Vaike-Kullamaa_(Vaikna)_vallavalitsus, lk 24
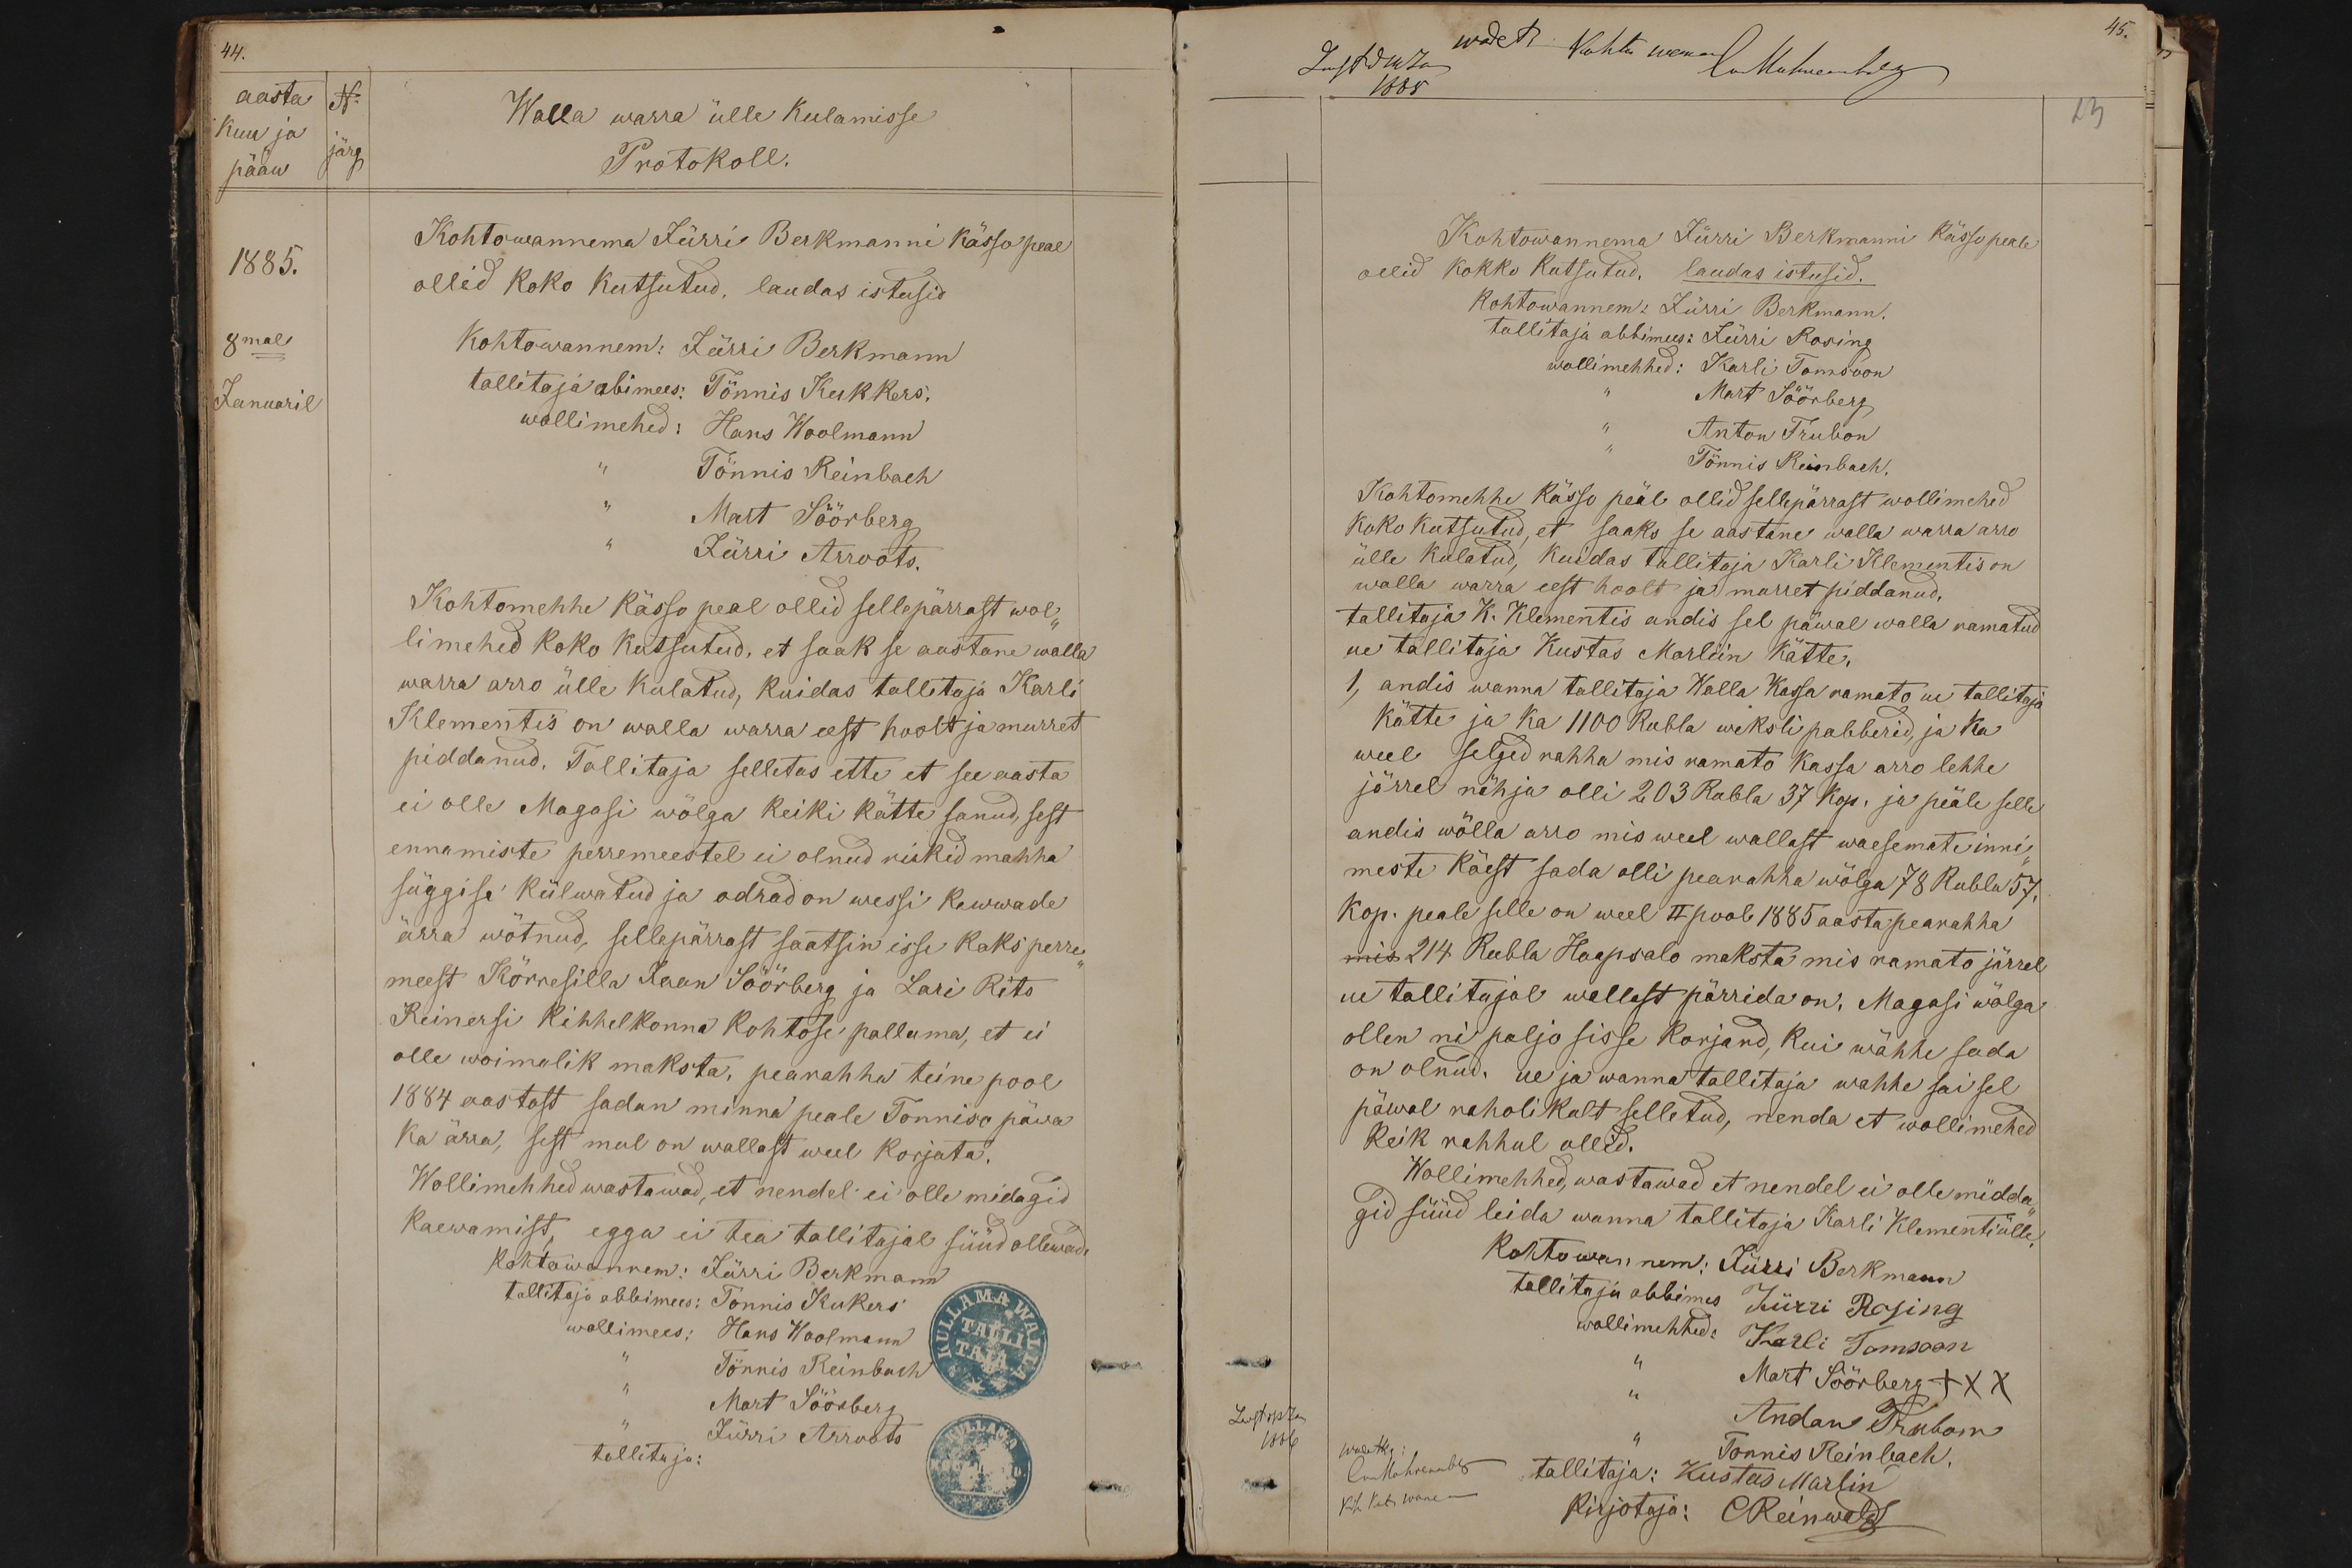
aasta No
Kuu ja
Walla warra ülle kulamisse
pääw järg
Protokoll.
1885.
Kohtowannema Jürri Berkmanni kässo peal
ollid koko kutsutud, laudas istusid
8mal
Kohtowannem: Jürri Berkmann
Januaril
tallitaja abimees: Tönnis Kukkers.
wollimehed: Hans Woolmann
Tönnis Reinbach
Mart Söörberg
Jürri Arroots.
Kohtomehhe kässo peal ollid sellepärrast wol-
limehed koko kutsutud, et saak se aastane walla
warra arro ülle kulatud, kuidas tallitaja Karli
Klementis on walla warra eest hoolt ja murret
piddanud. Tallitaja selletas ette et see aasta
ei olle Magasi wölga keiki kätte sanud, sest
ennamiste perremeestel ei olnud rukid mahha
süggise külwatud ja odrad on wessi kewwade
ärra wõtnud, sellepärrast saatsin isse kaks perre-
meest Kõrresilla Jaan Söörberg ja Lari Rits
Reinersi kihhelkonna kohtose palluma, et ei
olle wõimalik maksta, pearahha teine pool
1884 aastast sadan minna peale Tõnniso päwa
ka ärra, sest mul on wallast weel korjata.
Wollimehhed wastawad, et nendel ei olle midagid
Kaewamist, egga ei tea tallitajal süüd ollewad
Kohtawannem: Jürri Berkmann
tallitaja abbimees: Tõnnis Kukers
wollimees: Hans Woolmann
Tönnis Reinbach
Mart Söörberg
Jürri Arroots
tallitaja:

Lugadusta wadet: Kohtu wanem luthuembril
1885
23
Kohtowannema Jürri Berkmanni Kässo peale
ollid kokko kutsutud. laudas istusid.
Kohtowannem: Jürri Berkmann
tallitaja abbimees: Jürri Rosing
wollimehhed: Karli Tomsoon
" Mart Söörberg
" Anton Trubon
Tönnis Reinbach
Kohtomehhe kässo peäle ollid sellepärrast wollimehed
koko kutsutud, et saaks se aastane walla warra arro
ülle kulatud, kuidas tallitaja Karli Klementis on
walla warra eest hoolt ja murret piddanud,
tallitaja K. Klementis andis sel päwal walla ramatud
ue tallitaja Kustas Marliin kätte.
1, andis wanna tallitaja Walla Kassa ramato ue tallitaja
kätte ja ka 1100 Rubla wekslipabberid, ja ka
weel selged rahha mis ramato kassa arro lehhe
järrel nähja olli 203 Rubla 37 kop. ja peäle selle
andis wölla arro mis weel wallast waesemate inni-
meste käest sada olli pearahha wölga 78 Rubla 57
Kop. peale selle on weel II pool 1885 aasta pearahha
mis 214 Rubla Haapsalo maksta mis ramato järrel
ue tallitajal wallast pärrida on. Magasi wölga
ollen nii paljo sisse korjand, kui wähhe sada
on olnud. ue ja wanna tallitaja wahhe sai sel
päwal raholikult selletud, nenda et wollimehed
keik rahhul ollid.
Wollimehhed, wastawad et nendel ei olle midda-
gid süüd leida wanna tallitaja Karli Klementi ülle
Kohtowannem: Jürri Berkmann
tallitaja abbimes Jürri Rosing
wollimehhed: Karli Tomsoon
" Mart Söörberg XXX
Lugtokta
" Anton Trubon
1886
wadatu
C.Mohrenb
Tönnis Reinbach.
tallitaja: Kustas Marlin
Kih. Koh. wanem
Kirjotaja: CReinwaldt